Lunatic asylums in Bengal annual reports 1888-1898 - 1888-1898
Year: 1888
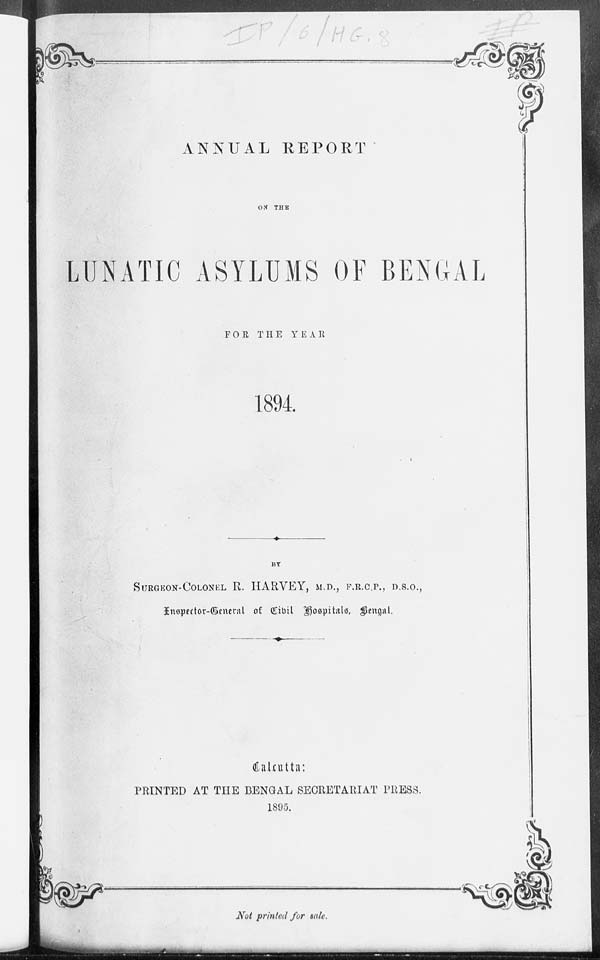
ANNUAL REPORT
ON THE
LUNATIC ASYLUMS OF BENGAL
FOR THE YEAR
1894.
BY
SURGEON—COLONEL R. HARVEY, M.D., F.R.C.P., D.S.O.,
Inspector-General of Civil Hospitals, Bengal.
Calcutta:
PRINTED AT THE BENGAL SECRETARIAT PRESS.
1895.
Not printed for sale.